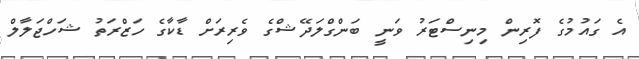
އެ ގައުމުގެ ފޮރިން މިނިސްޓަރު ވަނީ ބަންގްލަދޭޝްގެ ވެރިރަށް ޑާކާގެ ހަޒްރަތު ޝަހްޖަލާލް